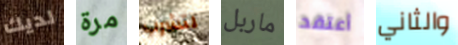
لديك مرة لتشرب ماربل أعتقد والثاني